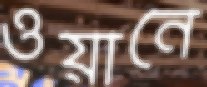
ওয়ানে